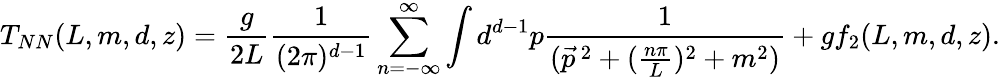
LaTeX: T_{NN}(L,m,d,z)=\frac{g}{2L}\frac{1}{(2\pi)^{d-1}}\sum_{n=-\infty}^{\infty}\int d^{d-1}p\frac{1}{(\vec{p}^{\, 2}+(\frac{n\pi}{L})^{2}+m^{2})}+gf_{2}(L,m,d,z).